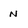
Character: N